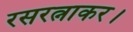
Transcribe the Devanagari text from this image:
रसरत्नाकर।